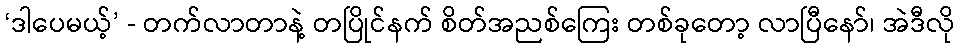
‘ဒါပေမယ့်’ - တက်လာတာနဲ့ တပြိုင်နက် စိတ်အညစ်ကြေး တစ်ခုတော့ လာပြီနော်၊ အဲဒီလို